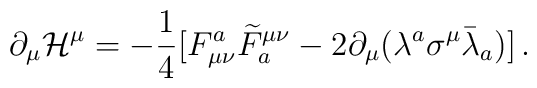
\partial_\mu{\cal H}^\mu=-\frac{1}{4}[F^a_{\mu\nu}\widetilde{F}_a^{\mu\nu}-2\partial_{\mu}(\lambda^a\sigma^\mu\bar{\lambda}_a)]\, .